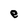
Character: e